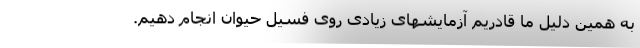
به همین دلیل ما قادریم آزمایشهای زیادی روی فسیل حیوان انجام دهیم.